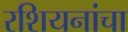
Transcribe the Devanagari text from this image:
रशियनांचा